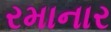
રમાનાર